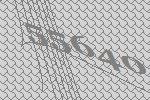
55640